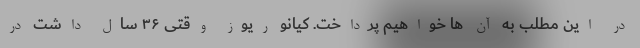
در این مطلب به آن ها خواهیم پرداخت. کیانو ریوز وقتی ۳۶ سال داشت در